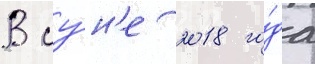
В иу́н'е 2018 го́да